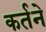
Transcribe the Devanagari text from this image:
कर्तने